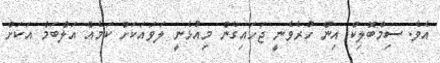
އެވެ. ސިމްބޮލިކް އިން ހުރެވެނީ ޖަހައިގެން މިއުޅެނީ ލަވައަކަށް ކަމެއް އަލްބަމް އަކަށް